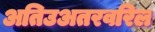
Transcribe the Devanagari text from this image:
अतिउअतरवरिल